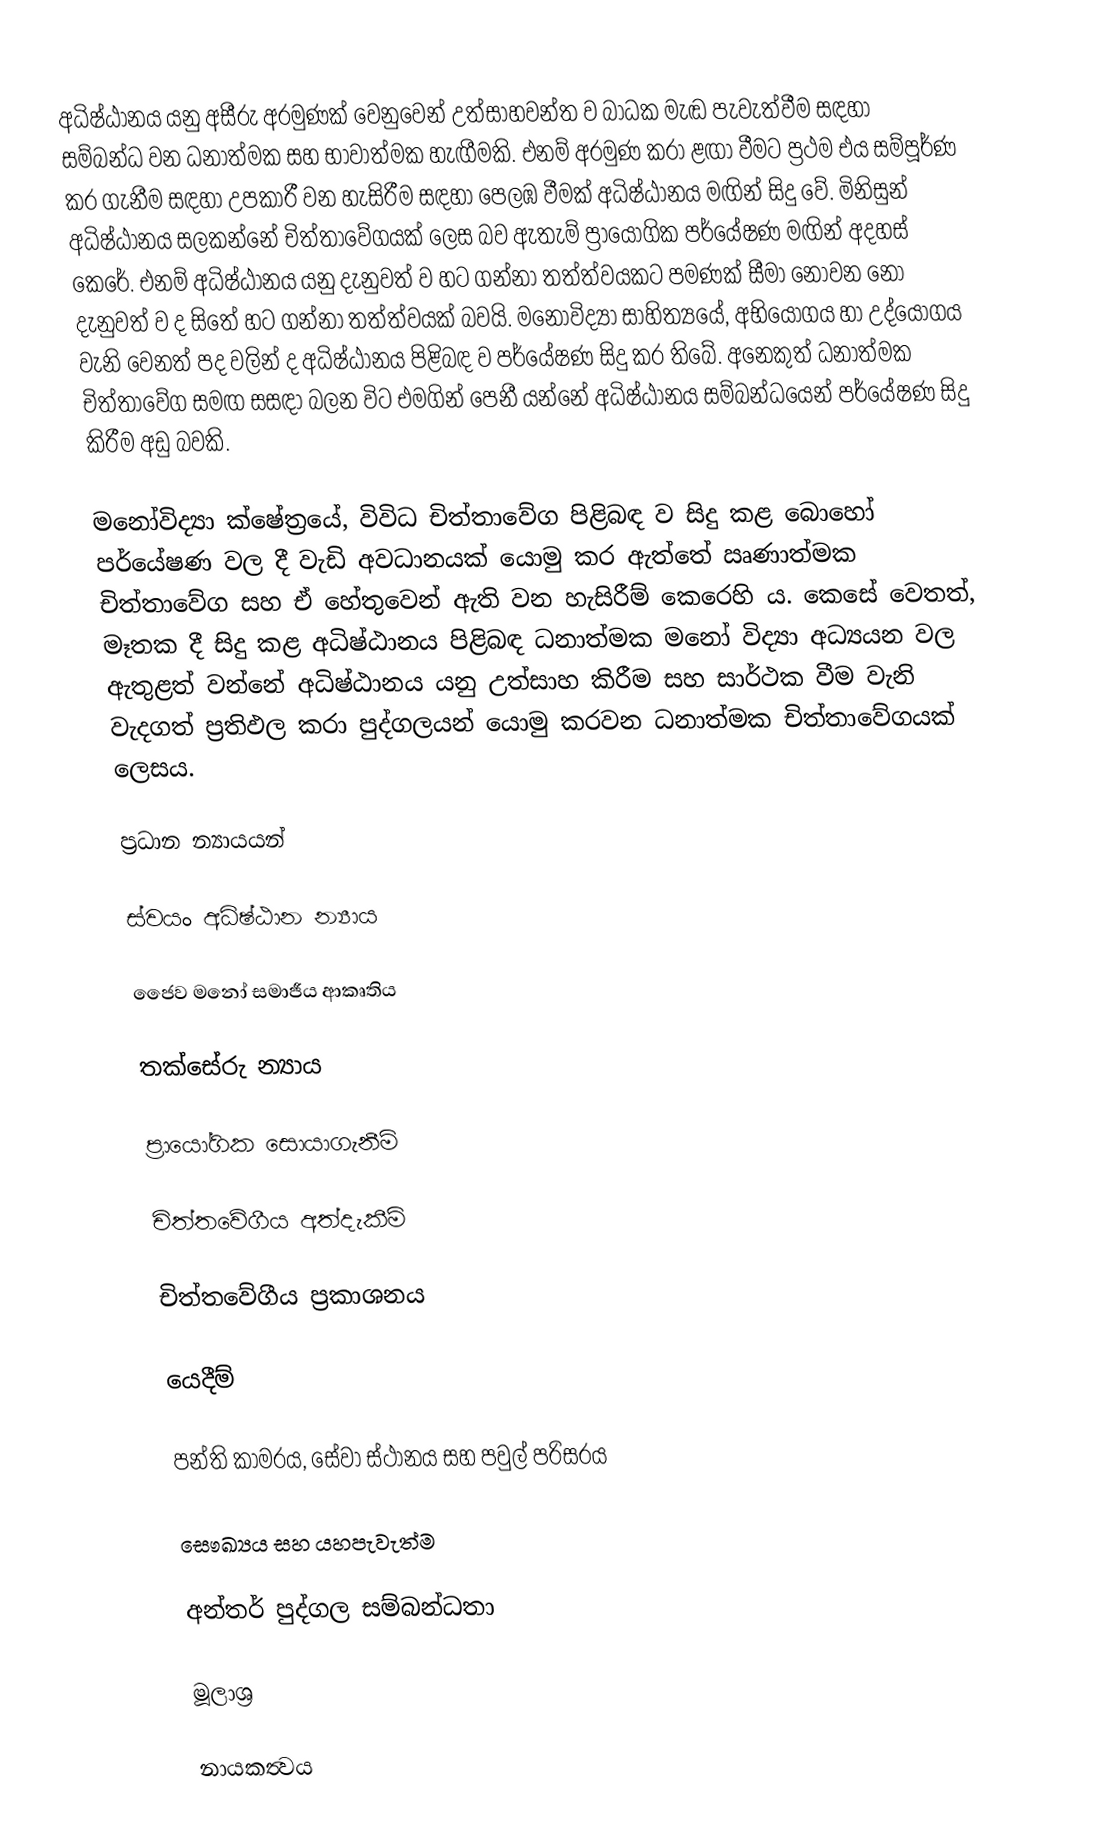
අධිෂ්ඨානය යනු අසීරු අරමුණක් වෙනුවෙන් උත්සාහවන්ත ව බාධක මැඬ පැවැත්වීම සඳහා සම්බන්ධ වන ධනාත්මක සහ භාවාත්මක හැඟීමකි.  එනම් අරමුණ කරා ළඟා වීමට ප්‍රථම එය සම්පූර්ණ කර ගැනීම සඳහා උපකාරී වන හැසිරීම සඳහා පෙලඹ වීමක් අධිෂ්ඨානය මඟින් සිදු වේ. මිනිසුන් අධිෂ්ඨානය සලකන්නේ චිත්තාවේගයක් ලෙස බව ඇතැම් ප්‍රායෝගික පර්යේෂණ මඟින් අදහස් කෙරේ. එනම් අධිෂ්ඨානය යනු දැනුවත් ව හට ගන්නා තත්ත්වයකට පමණක් සීමා නොවන නො දැනුවත් ව ද සිතේ හට ගන්නා තත්ත්වයක් බවයි.  මනෝවිද්‍යා සාහිත්‍යයේ, අභියෝගය හා උද්යෝගය වැනි වෙනත් පද වලින් ද අධිෂ්ඨානය පිළිබඳ ව පර්යේෂණ සිදු කර තිබේ. අනෙකුත් ධනාත්මක චිත්තාවේග සමඟ සසඳා බලන විට එමගින් පෙනී යන්නේ අධිෂ්ඨානය සම්බන්ධයෙන් පර්යේෂණ සිදු කිරීම අඩු බවකි.

මනෝවිද්‍යා ක්ෂේත්‍රයේ, විවිධ චිත්තාවේග පිළිබඳ ව සිදු කළ බොහෝ පර්යේෂණ වල දී වැඩි අවධානයක් යොමු කර ඇත්තේ ඍණාත්මක චිත්තාවේග සහ ඒ හේතුවෙන් ඇති වන හැසිරීම් කෙරෙහි ය.  කෙසේ වෙතත්, මෑතක දී සිදු කළ අධිෂ්ඨානය පිළිබඳ ධනාත්මක මනෝ විද්‍යා අධ්‍යයන වල ඇතුළත් වන්නේ අධිෂ්ඨානය යනු උත්සාහ කිරීම සහ සාර්ථක වීම වැනි වැදගත් ප්‍රතිඵල කරා පුද්ගලයන් යොමු කරවන ධනාත්මක චිත්තාවේගයක් ලෙසය.

ප්‍රධාන න්‍යායයන්

ස්වයං අධිෂ්ඨාන න්‍යාය

ජෛව මනෝ සමාජීය ආකෘතිය

තක්සේරු න්‍යාය

ප්‍රායෝගික සොයාගැනීම්

චිත්තවේගීය අත්දැකීම්

චිත්තවේගීය ප්‍රකාශනය

යෙදීම්

පන්ති කාමරය, සේවා ස්ථානය සහ පවුල් පරිසරය

සෞඛ්‍යය සහ යහපැවැත්ම

අන්තර් පුද්ගල සම්බන්ධතා

මූලාශ්‍ර
 
නායකත්‍වය